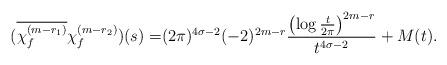
LaTeX: \begin{align*}(\overline{\chi_f^{(m-r_1)}}\chi_f^{(m-r_2)})(s)=&(2\pi)^{4\sigma-2}(-2)^{2m-r}\frac{\left(\log\frac{t}{2\pi}\right)^{2m-r}}{t^{4\sigma-2}}+M(t).\end{align*}